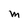
Character: M